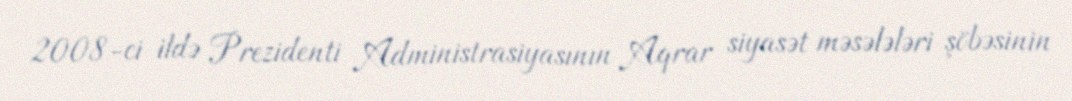
2008-ci ildə Prezidenti Administrasiyasının Aqrar siyasət məsələləri şöbəsinin